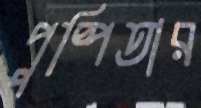
পুষ্পিতার